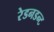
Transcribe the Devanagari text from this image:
रेडनडन्ट